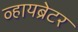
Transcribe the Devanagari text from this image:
व्हायब्रेटर